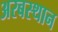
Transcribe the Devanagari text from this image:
अरबस्थान